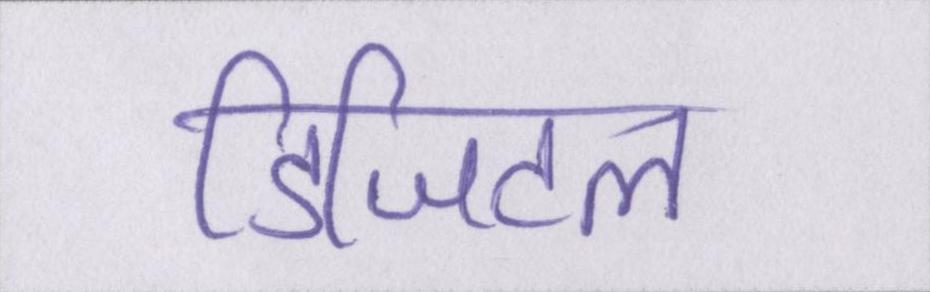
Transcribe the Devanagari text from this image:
डिजिटल